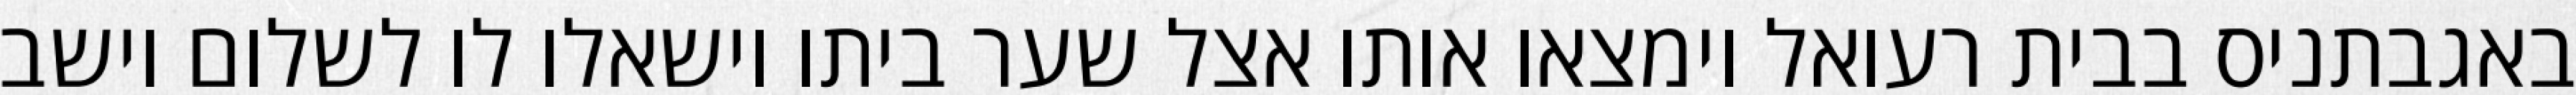
באגבתניס בבית רעואל וימצאו אותו אצל שער ביתו וישאלו לו לשלום וישב